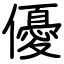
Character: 優